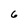
Character: G